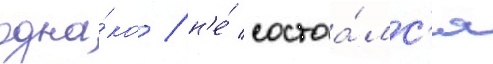
одна́ко / н'е́ состоа́лс'я